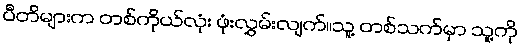
ပီတိများက တစ်ကိုယ်လုံး ဖုံးလွှမ်းလျက်။သူ့ တစ်သက်မှာ သူ့ကို